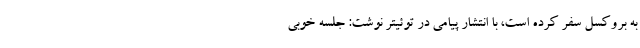
به بروکسل سفر کرده است، با انتشار پیامی در توئیتر نوشت: جلسه خوبی